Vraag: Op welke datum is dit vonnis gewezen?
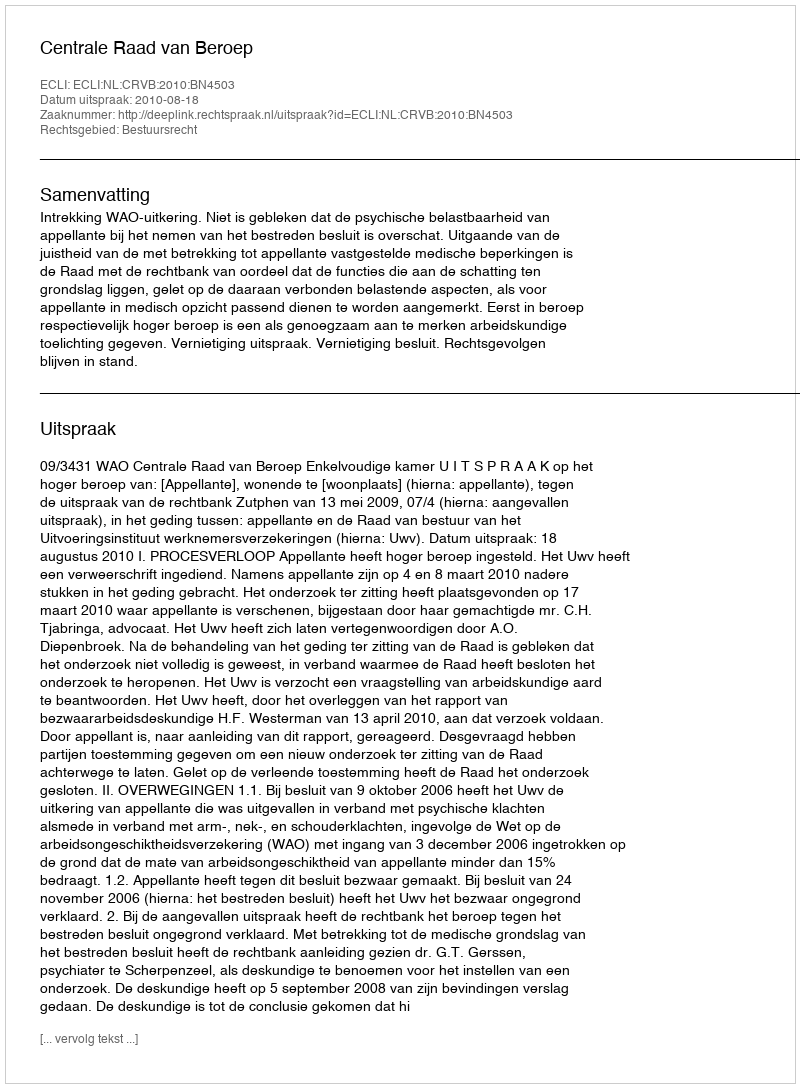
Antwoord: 2010-08-18